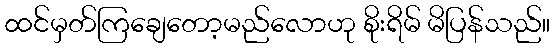
ထင်မှတ်ကြချေတော့မည်လောဟု စိုးရိမ် မိပြန်သည်။